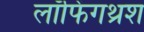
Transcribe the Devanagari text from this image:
लॉफिंगथ्रश